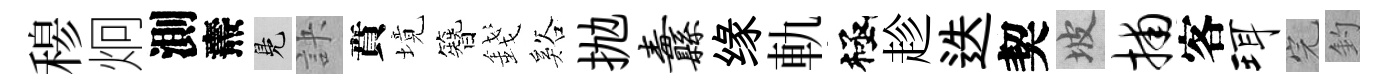
𥠇炯測燾鳬訣賁境簪錢谿抛纛缘軌極趁迭契坡捕客珥完釣